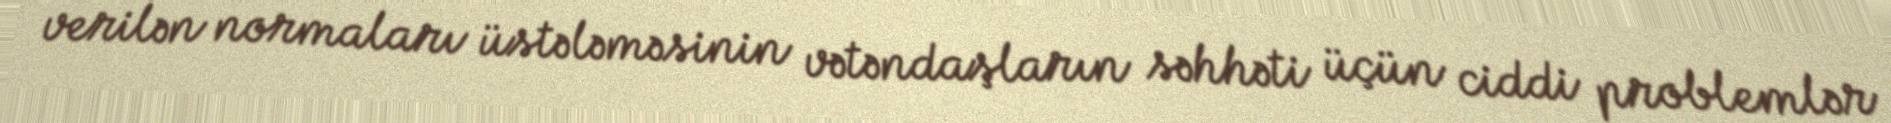
verilən normaları üstələməsinin vətəndaşların səhhəti üçün ciddi problemlər